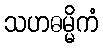
သဟဓမ္မိကံ